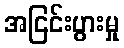
အငြင်းပွားမှု